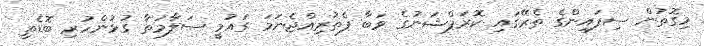
މިގޮތުން ސިފައިންގެ ތެރޭގައި ކޮރަޕްޝަނުގެ ވަބާ ފެތުރިއްޖެނަމަ ގައުމީ ސަލާމަތާ ގުޅުންހުރި ބޮޑެތި